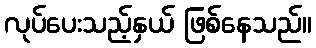
လုပ်ပေးသည့်နှယ် ဖြစ်နေသည်။